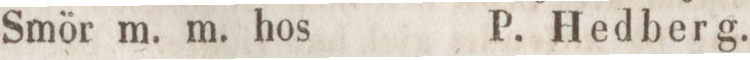
Smör m. m. hos    P. Hedberg.